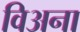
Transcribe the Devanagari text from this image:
विअना